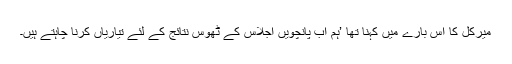
میرکل کا اس بارے میں کہنا تھا ’ہم اب پانچویں اجلاس کے ٹھوس نتائج کے لئے تیاریاں کرنا چاہتے ہیں۔